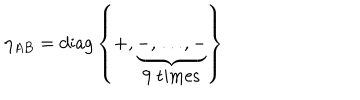
\eta _ { A B } = \mathrm { d i a g } \left\{ + , \underbrace { - , \dots , - } _ { \mathrm { 9 ~ t i m e s } } \right\}